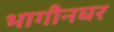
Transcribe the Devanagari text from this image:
भागीनघर